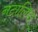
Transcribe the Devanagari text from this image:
नटालिया